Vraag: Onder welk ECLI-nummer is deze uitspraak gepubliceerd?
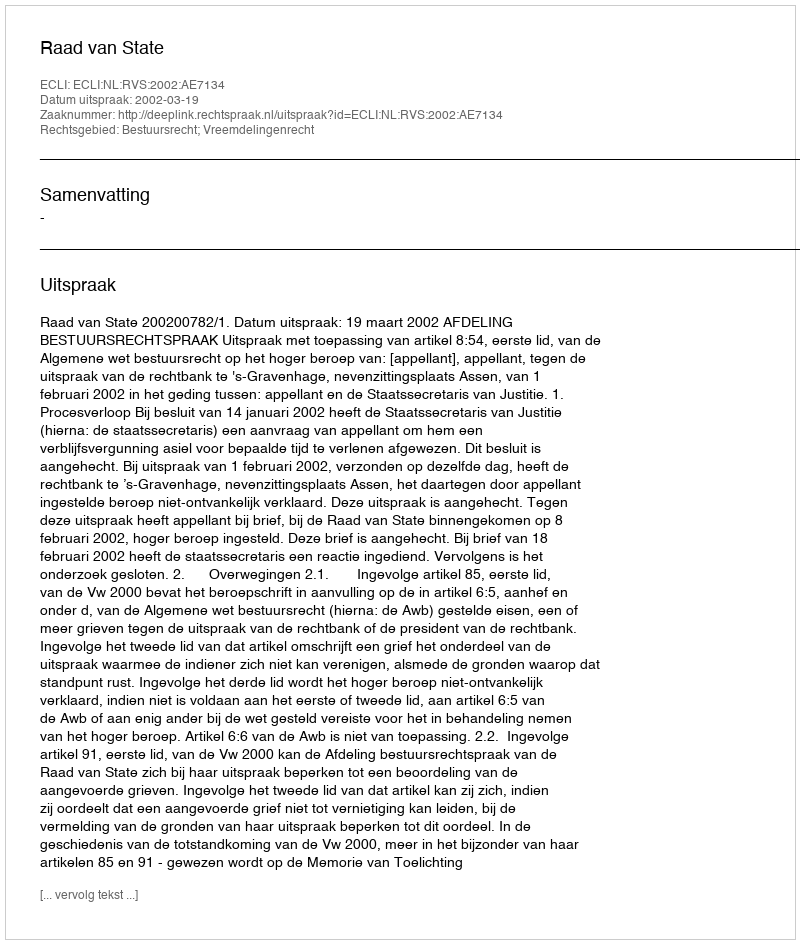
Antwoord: ECLI:NL:RVS:2002:AE7134